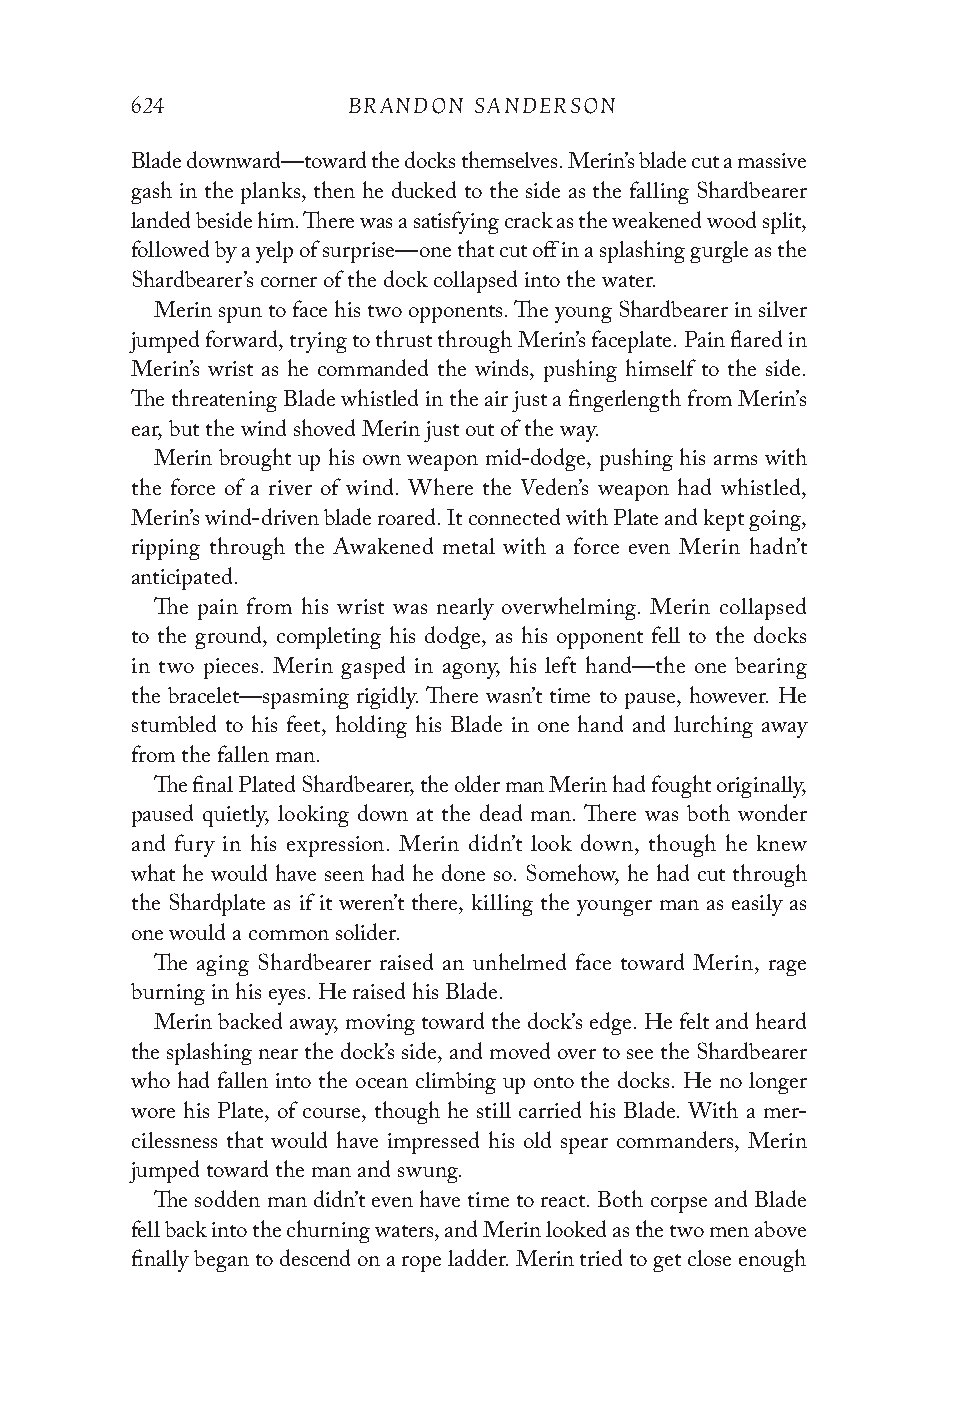
624           BRANDON SANDERSON
 Blade downward—toward the docks themselves. Merin’s blade cut a massive
 gash in the planks, then he ducked to the side as the falling Shardbearer
 landed beside him. There was a satisfying crack as the weakened wood split,
 followed by a yelp of surprise—one that cut off in a splashing gurgle as the
 Shardbearer’s corner of the dock collapsed into the water.
 Merin spun to face his two opponents. The young Shardbearer in silver
 jumped forward, trying to thrust through Merin’s faceplate. Pain flared in
 Merin’s wrist as he commanded the winds, pushing himself to the side.
 The threatening Blade whistled in the air just a fingerlength from Merin’s
 ear, but the wind shoved Merin just out of the way.
 Merin brought up his own weapon mid-dodge, pushing his arms with
 the force of a river of wind. Where the Veden’s weapon had whistled,
 Merin’s wind-driven blade roared. It connected with Plate and kept going,
 ripping through the Awakened metal with a force even Merin hadn’t
 anticipated.
 The pain from his wrist was nearly overwhelming. Merin collapsed
 to the ground, completing his dodge, as his opponent fell to the docks
 in two pieces. Merin gasped in agony, his left hand—the one bearing
 the bracelet—spasming rigidly. There wasn’t time to pause, however. He
 stumbled to his feet, holding his Blade in one hand and lurching away
 from the fallen man.
 The final Plated Shardbearer, the older man Merin had fought originally,
 paused quietly, looking down at the dead man. There was both wonder
 and fury in his expression. Merin didn’t look down, though he knew
 what he would have seen had he done so. Somehow, he had cut through
 the Shardplate as if it weren’t there, killing the younger man as easily as
 one would a common solider.
 The aging Shardbearer raised an unhelmed face toward Merin, rage
 burning in his eyes. He raised his Blade.
 Merin backed away, moving toward the dock’s edge. He felt and heard
 the splashing near the dock’s side, and moved over to see the Shardbearer
 who had fallen into the ocean climbing up onto the docks. He no longer
 wore his Plate, of course, though he still carried his Blade. With a mer-
 cilessness that would have impressed his old spear commanders, Merin
 jumped toward the man and swung.
 The sodden man didn’t even have time to react. Both corpse and Blade
 fell back into the churning waters, and Merin looked as the two men above
 finally began to descend on a rope ladder. Merin tried to get close enough